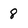
Character: 8